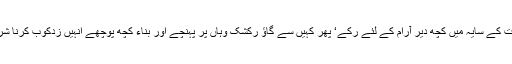
آرام سے گھر واپسی کے دوران دونوں ایک ایک درخت کے سایہ میں کچھ دیر آرام کے لئے رکے‘ پھر کہیں سے گاؤ رکشک وہاں پر پہنچے اور بناء کچھ پوچھے انہیں زدکوب کرنا شروع کردیا‘ جس کی وجہہ سے وہ لوگ زخمی ہوگئے۔